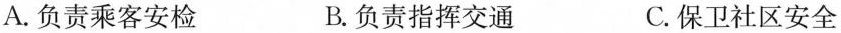
A.负责乘客安检 B.负责指挥交通 C.保卫社区安全